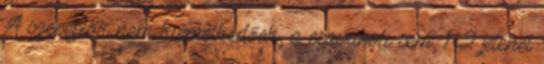
A szereplők nem kiemelkedőek, a csavarok sem, 1-2 jelenet